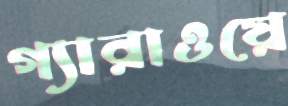
গ্যারাওয়ে